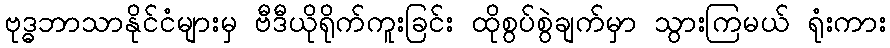
ဗုဒ္ဓဘာသာနိုင်ငံများမှ ဗီဒီယိုရိုက်ကူးခြင်း ထိုစွပ်စွဲချက်မှာ သွားကြမယ် ရုံးကား